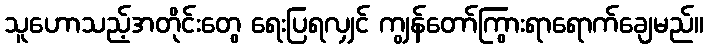
သူဟောသည့်အတိုင်းတွေ ရေးပြရလျှင် ကျွန်တော်ကြွားရာရောက်ချေမည်။